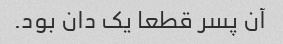
آن پسر قطعا یک دان بود.